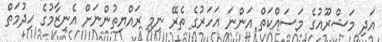
އަދި މަޝްރޫއުގެ މަސައްކަތް އަންނަ އަހަރުގެ ތެރޭ ނިމި ރައްޔިތުންނަށް އެނިޒާމުގެ ހިދުމަތް